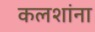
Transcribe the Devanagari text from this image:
कलशांना